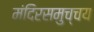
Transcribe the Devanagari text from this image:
मंदिरसमुच्चय